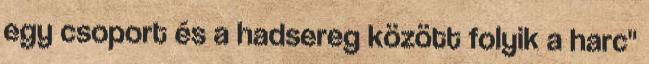
egy csoport és a hadsereg között folyik a harc"